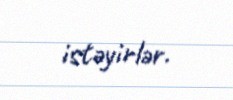
istəyirlər.